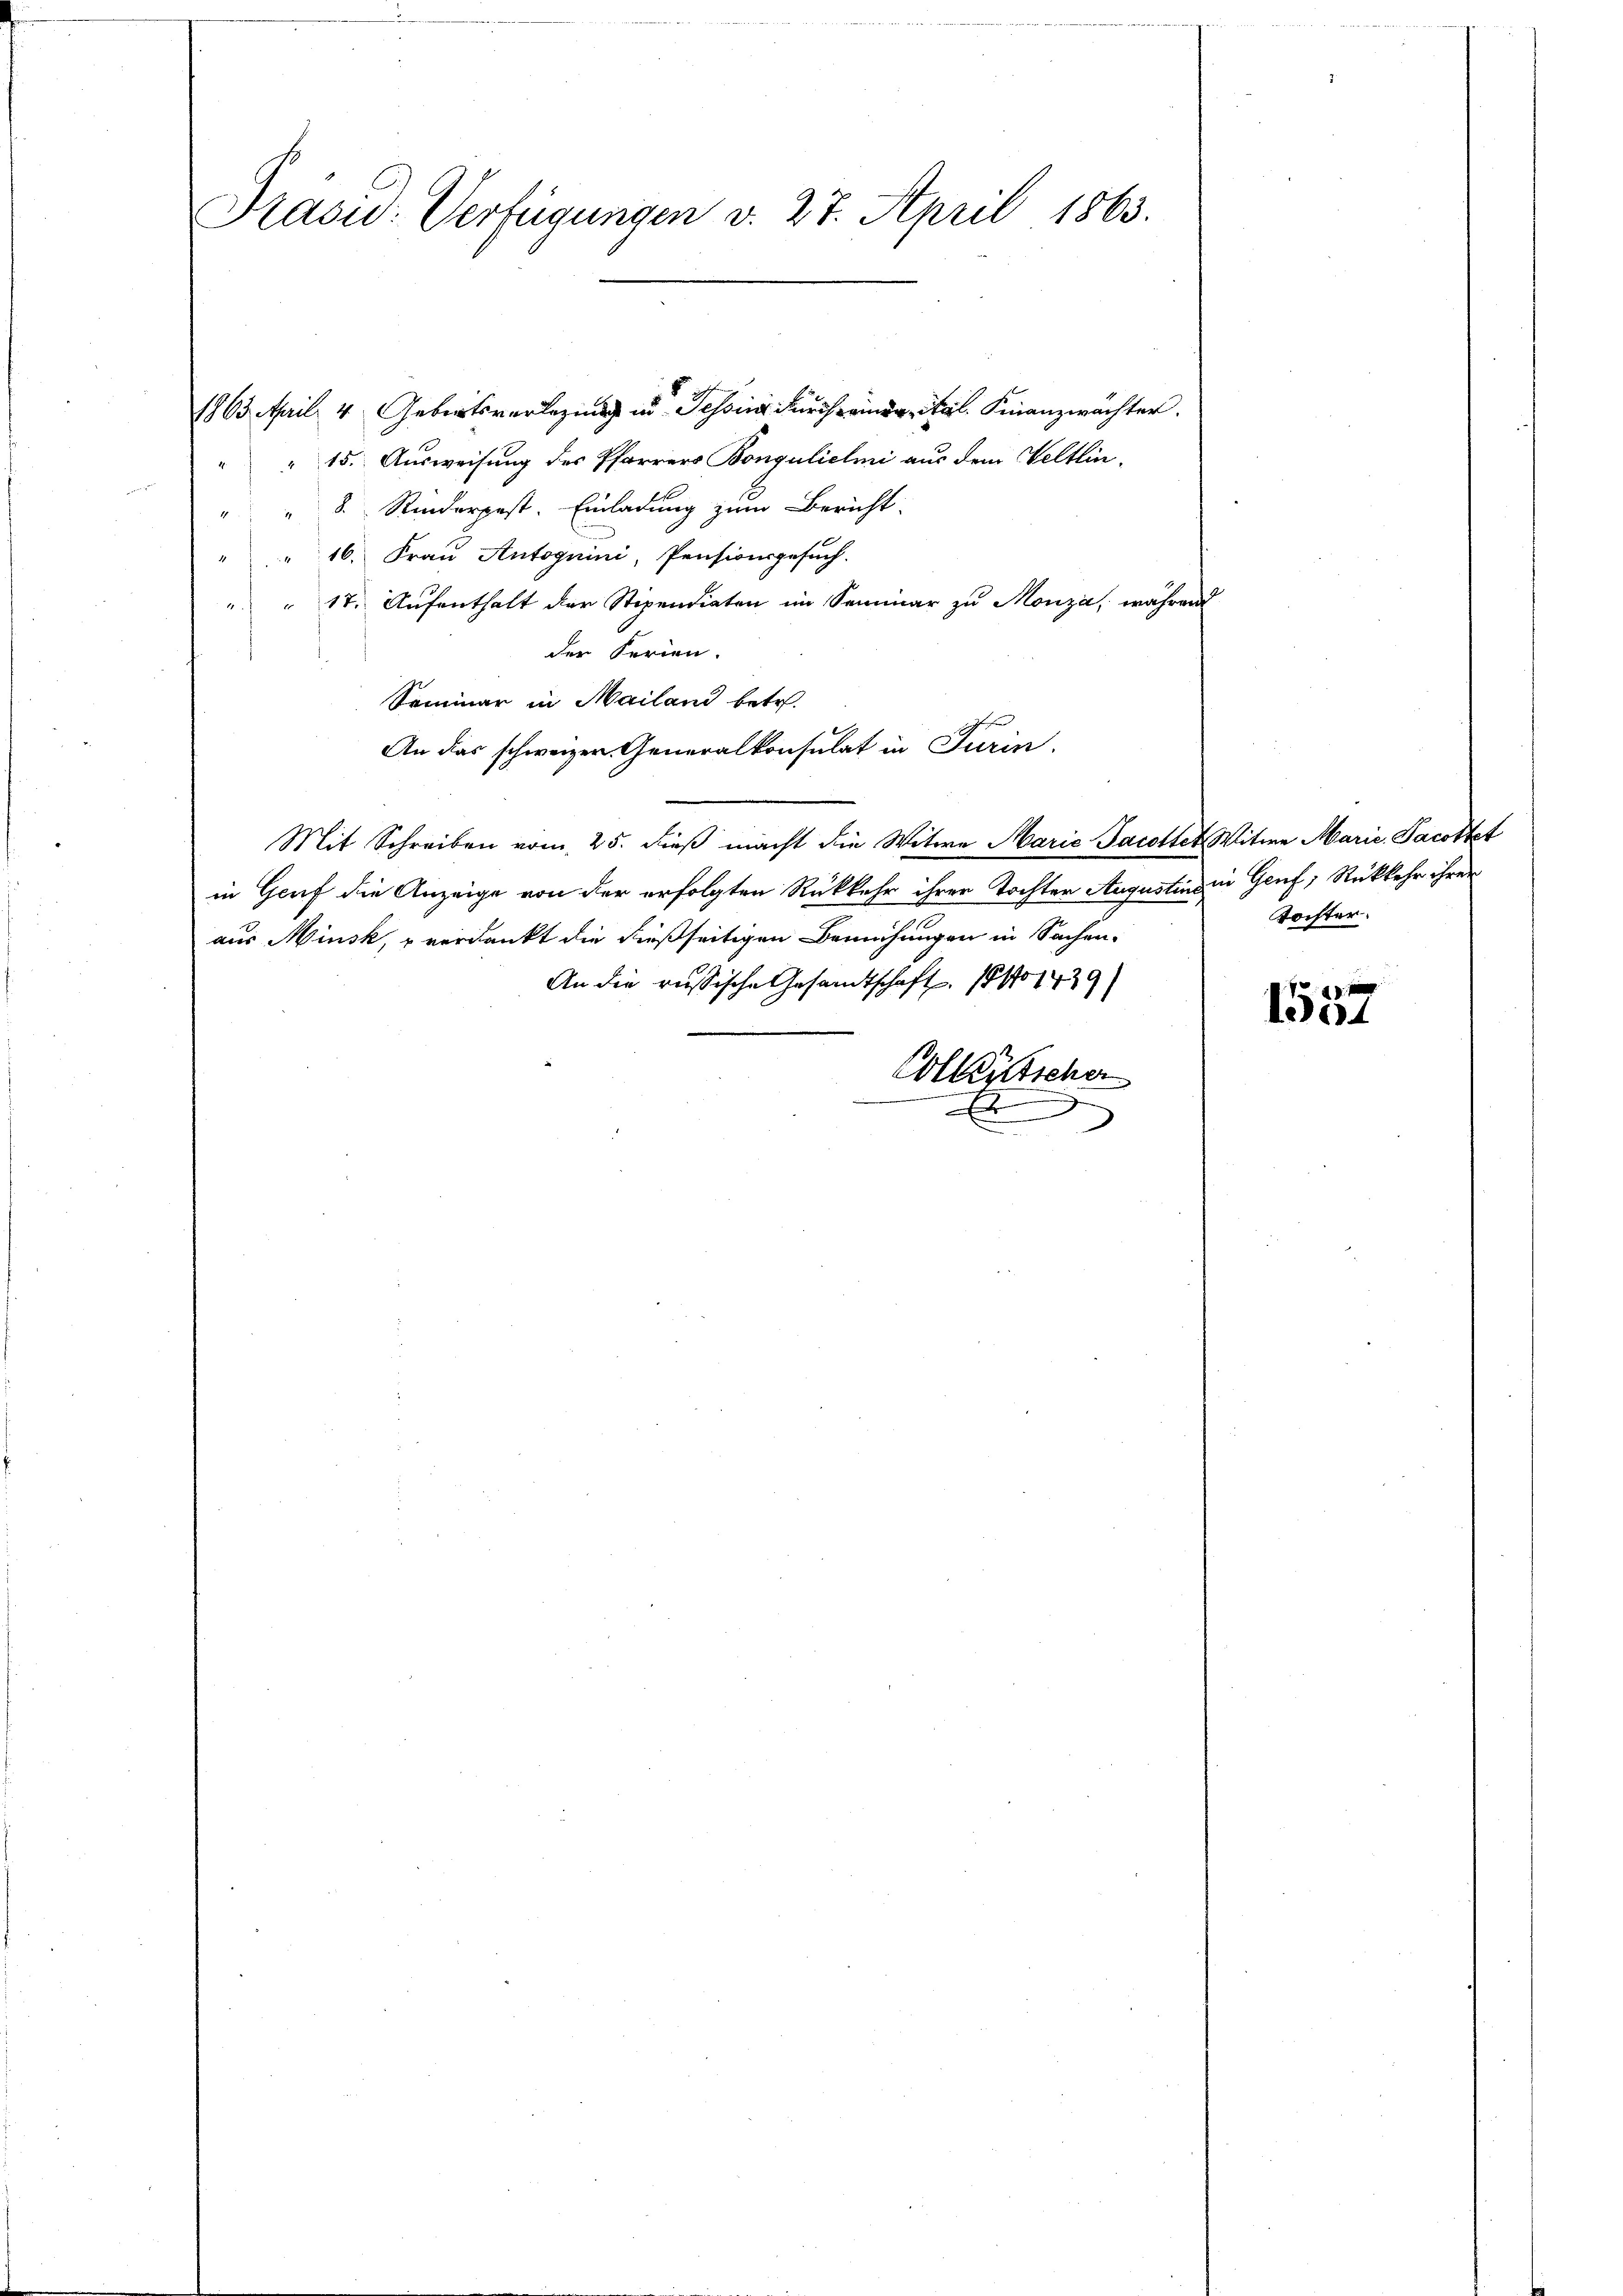
Präsid. Verfügungen v. 27. April 1863.

" 15. Ausweisung des Pfarrers Bongulieli aus dem Veltlin-
" " 8. Rinderpest. Einladung zum Bericht
" " 16. Fraŭ Antognini, Pensionsgesŭch.
" " 17. Aufenthalt der Stipendiaten im Seminar zu Monza, währen
der Ferien.
Seminar in Mailand betr.
An das schweizer Generalkonsulat in Turin
Mit Schreiben vom 25. dieß macht die Witwe Marie Jacottet Witwe Marie Pacottet
in Genf die Anzeige von der erfolgten Rückkehr ihrer Tochter Augustins in Genf, Rückkehr ihren
aus Minsk, verdankt die dießseitigen Bemühungen in Sachen-
An die russische Gesandtschaft. 18101439)
Colkutscher
x
.

1863. April 4 Gebotsverlegung in Jes. Finanzwächter.

Tochter.

.
1504